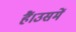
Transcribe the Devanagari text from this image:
हैं।उसमें